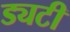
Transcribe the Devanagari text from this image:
ड्यटी